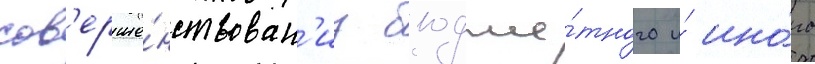
сов'ерше́нствован'иу б'юдже́тного и́ ино́го